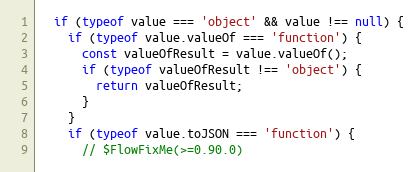
Language: JavaScript
  if (typeof value === 'object' && value !== null) {
    if (typeof value.valueOf === 'function') {
      const valueOfResult = value.valueOf();
      if (typeof valueOfResult !== 'object') {
        return valueOfResult;
      }
    }
    if (typeof value.toJSON === 'function') {
      // $FlowFixMe(>=0.90.0)